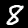
Digit: 8